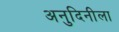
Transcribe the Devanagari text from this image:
अनुदिनीला